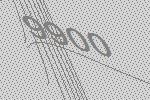
9900